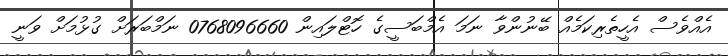
އެއްވެސް އެހީތެރިކަމެއް ބޭނުންވާ ނަމަ އެމްބަސީގެ ހޮޓްލައިން 0768096660 ނަމްބަރަށް ގުޅުމަށް ވަނީ